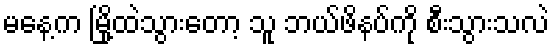
မနေ့က မြို့ထဲသွားတော့ သူ ဘယ်ဖိနပ်ကို စီးသွားသလဲ